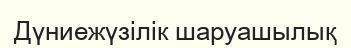
Дүниежүзілік шаруашылық